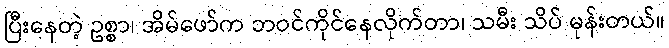
ပြီးနေတဲ့ ဥစ္စာ၊ အိမ်ဖော်က ဘဝင်ကိုင်နေလိုက်တာ၊ သမီး သိပ် မုန်းတယ်။